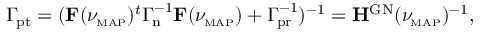
\begin{array} { r } { \ensuremath { \boldsymbol \Gamma _ { \! \mathrm { p t } } } = ( \mathbf F ( \ensuremath { \ensuremath { \boldsymbol \nu } _ { \! \mathrm { \scriptscriptstyle M A P } } } ) ^ { t } \ensuremath { \boldsymbol \Gamma _ { \! \mathrm { n } } } ^ { - 1 } \mathbf F ( \ensuremath { \ensuremath { \boldsymbol \nu } _ { \! \mathrm { \scriptscriptstyle M A P } } } ) + \ensuremath { \boldsymbol \Gamma _ { \! \mathrm { p r } } } ^ { - 1 } ) ^ { - 1 } = \mathbf H ^ { \mathrm { G N } } ( \ensuremath { \ensuremath { \boldsymbol \nu } _ { \! \mathrm { \scriptscriptstyle M A P } } } ) ^ { - 1 } , } \end{array}